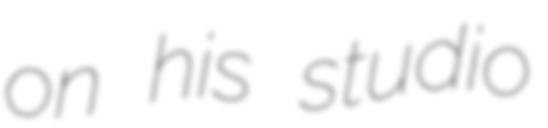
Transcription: on his studio